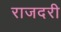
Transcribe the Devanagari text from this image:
राजदरी